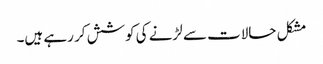
مشکل حالات سے لڑنے کی کوشش کر رہے ہیں۔